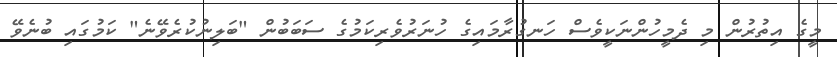
މީގެ އިތުރުން މި ދެމީހުންނަކީވެސް ހަނގުރާމައިގެ ހުނަރުވެރިކަމުގެ ސަބަބުން "ބަލިނުކުރެވޭނެ" ކަމުގައި ބުނެވޭ